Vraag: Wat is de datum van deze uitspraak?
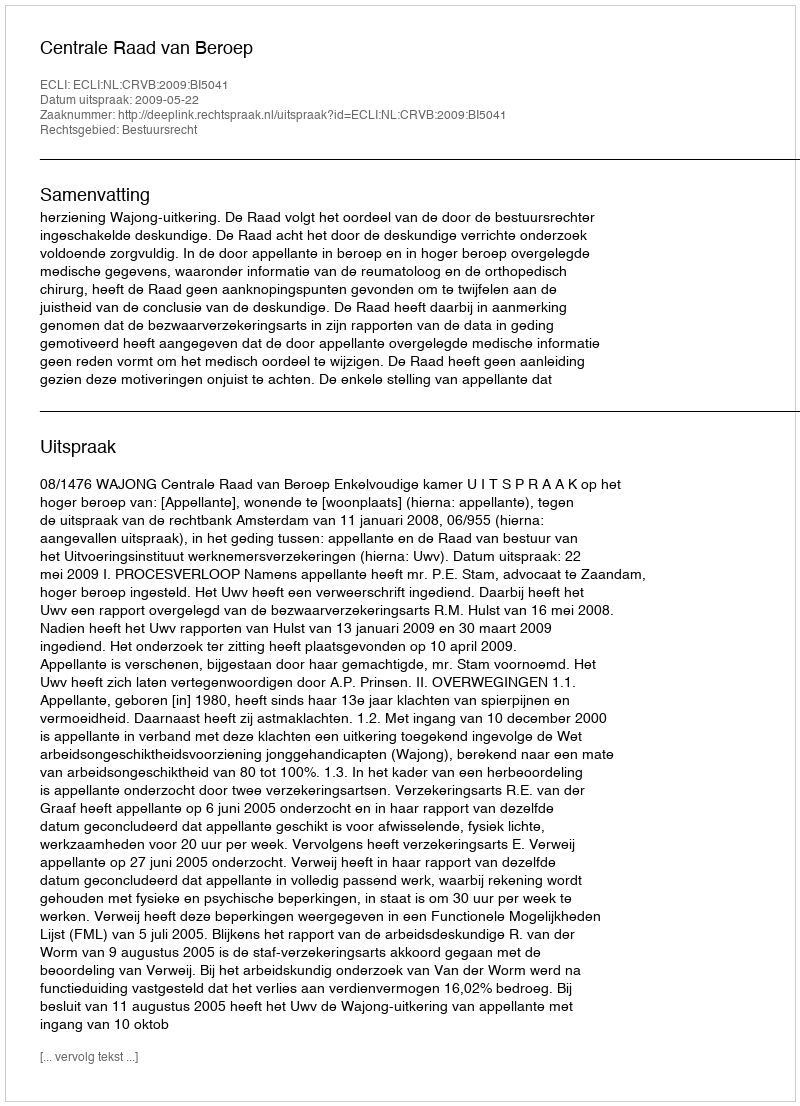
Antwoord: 2009-05-22